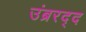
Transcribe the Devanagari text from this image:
उंब्ररद्द